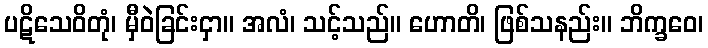
ပဋိသေဝိတုံ၊ မှီဝဲခြင်းငှာ။ အလံ၊ သင့်သည်။ ဟောတိ၊ ဖြစ်သနည်း။ ဘိက္ခဝေ၊